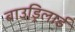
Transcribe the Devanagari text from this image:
बाउड्रिलार्ड